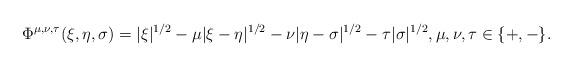
LaTeX: \begin{align*}\Phi^{\mu, \nu, \tau}(\xi,\eta, \sigma)= |\xi|^{1/2} -\mu |\xi-\eta|^{1/2} - \nu |\eta-\sigma|^{1/2} - \tau |\sigma|^{1/2}, \mu, \nu , \tau\in\{+,-\}.\end{align*}